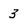
Character: 3